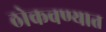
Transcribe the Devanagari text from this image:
ठोकवण्यात